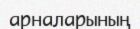
арналарының